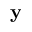
\mathbf { y }